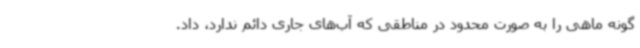
گونه ماهی را به صورت محدود در مناطقی که آب‌های جاری دائم ندارد، داد.